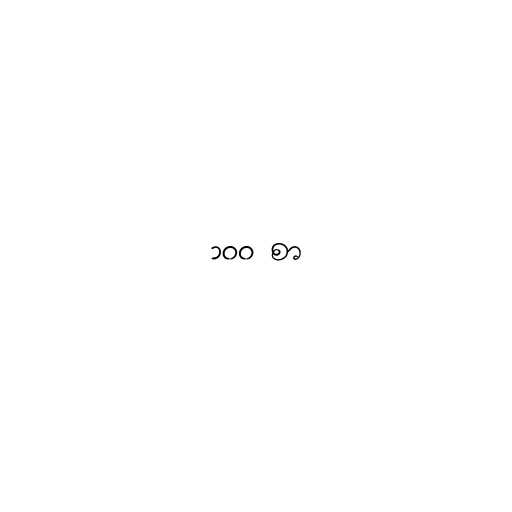
၁၀၀ စာ